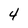
Character: 4